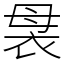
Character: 袰